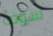
سوف